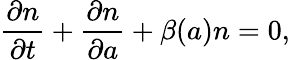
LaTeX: \frac{\partial n}{\partial t}+\frac{\partial n}{\partial a}+\beta(a)n=0,